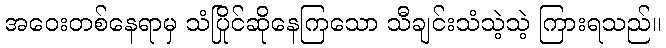
အဝေးတစ်နေရာမှ သံပြိုင်ဆိုနေကြသော သီချင်းသံသဲ့သဲ့ ကြားရသည်။